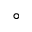
^ \circ